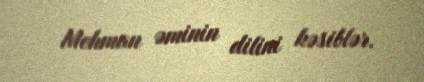
Mehman əminin dilini kəsiblər.